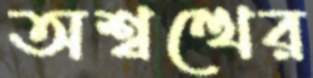
অশ্বত্থের